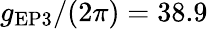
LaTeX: g_{\mathrm{{EP3}}}/(2\pi)=38.9